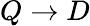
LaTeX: Q\rightarrow D